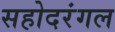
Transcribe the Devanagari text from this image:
सहोदरंगल